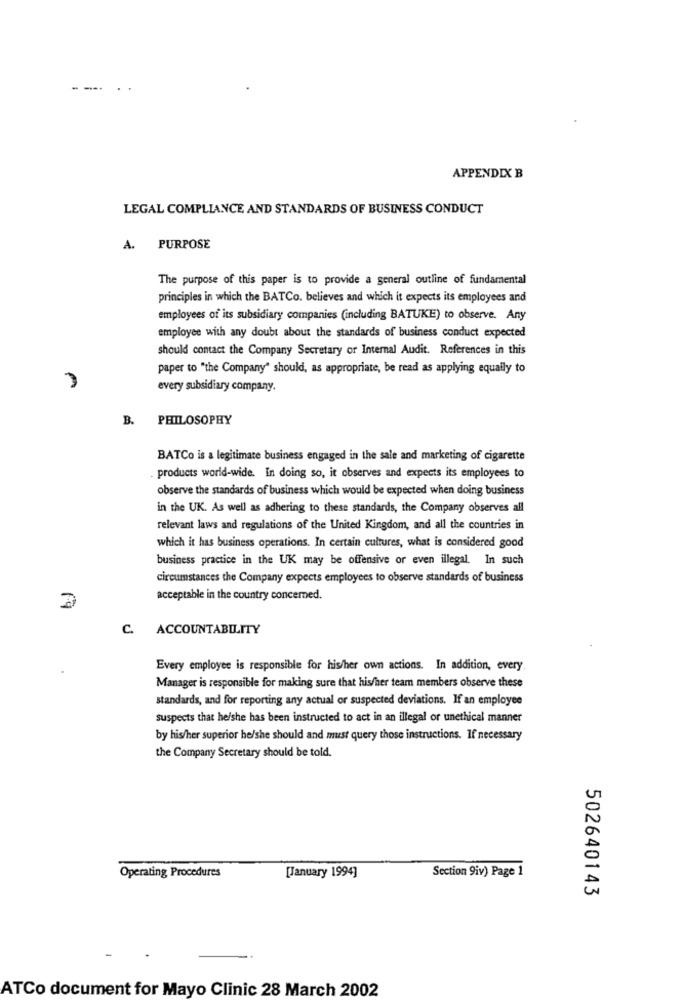
- ---
APPENDIX B
LEGAL COMPLIANCE AND STANDARDS OF BUSINESS CONDUCT
A. PURPOSE
The purpose of this paper is to provide a general outline of fundamental
principles in which the BATCo. believes and which it expects its employees and
employees of its subsidiary companies (including BATUKE) to observe. Any
employee with any doubt about the standards of business conduct expected
should contact the Company Secretary of Internal Audit. References in this
paper to "the Company" should, as appropriate, be read as applying equally to
every subsidiary company.
B. PHILOSOPHY
BATCo is a legitimate business engaged in the sale and marketing of cigarette
products world-wide. In doing so, it observes and expects its employees to
observe the standards of business which would be expected when doing business
in the UK. As well as adhering to these standards, the Company observes all
relevant laws and regulations of the United Kingdom, and all the countries in
which it has business operations. In certain cultures, what is considered good
business practice in the UK may be offensive or even illegal. In such
circumstances the Company expects employees to observe standards of business
acceptable in the country concerned.
C. ACCOUNTABILITY
Every employee is responsible for his/her own actions. In addition, every.
Manager is responsible for making sure that his/her team members observe these
standards, and for reporting any actual or suspected deviations. If an employee
suspects that he/she has been instructed to act in an illegal or unethical manner
by his/her superior he/she should and must query those instructions. If necessary
the Company Secretary should be told.
Operating Procedures
[January 1994]
Section 9iv) Page 1
502640143
ATCo document for Mayo Clinic 28 March 2002